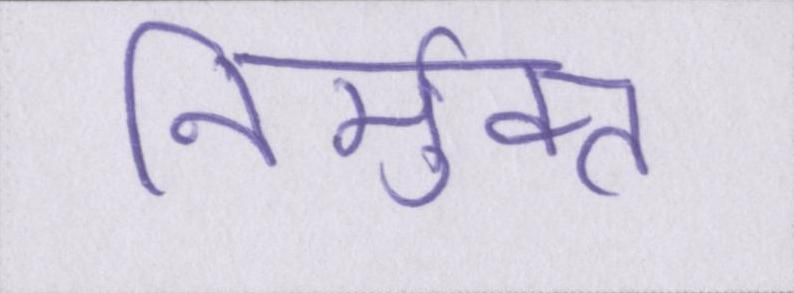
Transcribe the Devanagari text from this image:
निर्मुक्त